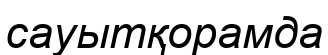
сауытқорамда